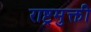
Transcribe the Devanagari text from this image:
राष्ट्रमुक्ती